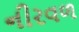
નીરવળ